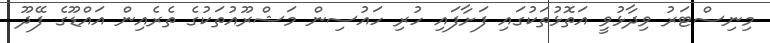
މިނިސްޓަރު ވިދާޅުވީ އަތޮޅުތަކުގައި ފަށާފައި ހުރި ހައުސިން މަޝްރޫއުތަކުގެ ތެރެއިން އައްޑޫގެ ފޭދޫ